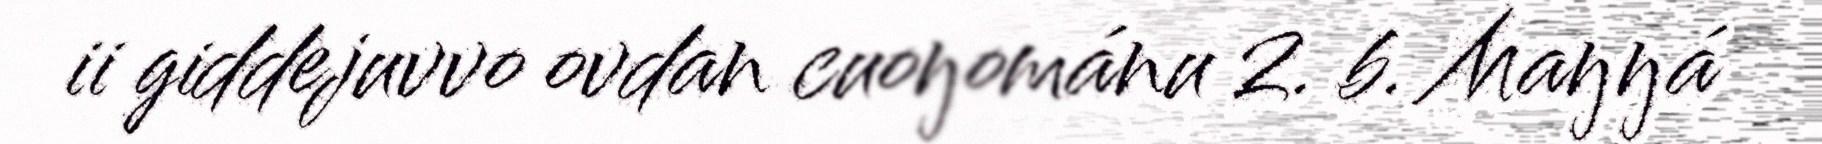
ii giddejuvvo ovdan cuoŋománu 2. b. Maŋŋá